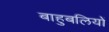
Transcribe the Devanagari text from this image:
बाहुबलियों